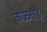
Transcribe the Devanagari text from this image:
कज्जाड़